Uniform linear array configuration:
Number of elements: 16
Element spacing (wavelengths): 0.75
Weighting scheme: uniform
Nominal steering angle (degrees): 0
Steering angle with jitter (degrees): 0.1872
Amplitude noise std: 0.05
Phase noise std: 0.05

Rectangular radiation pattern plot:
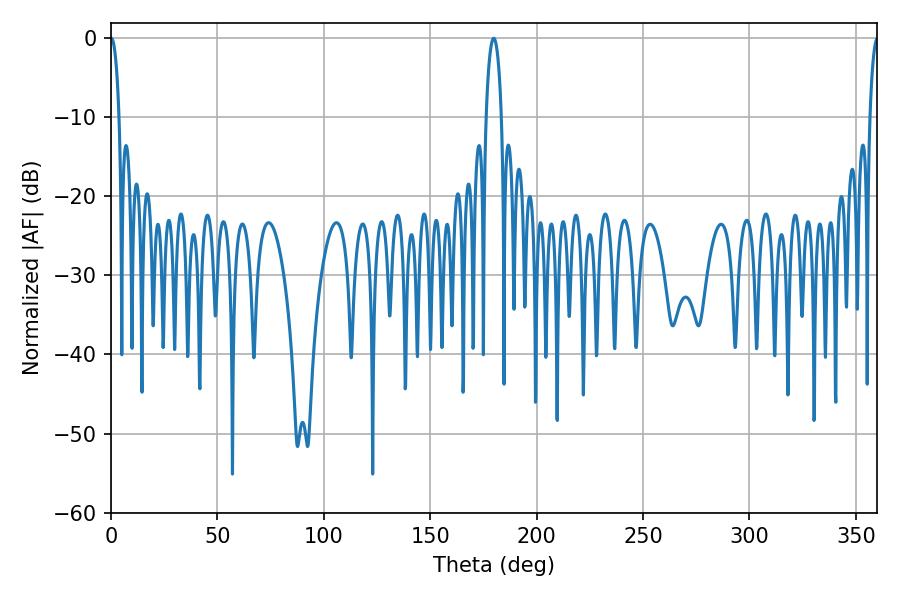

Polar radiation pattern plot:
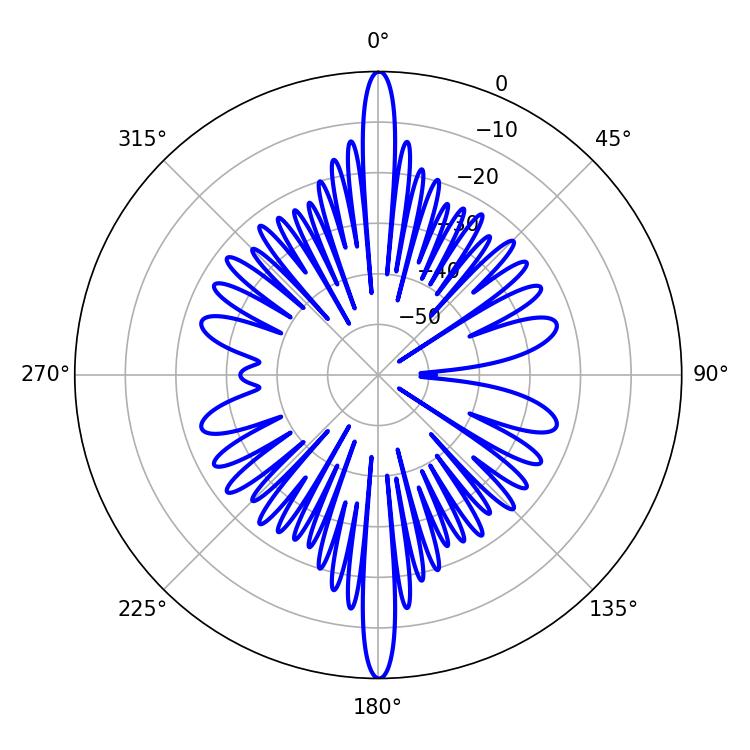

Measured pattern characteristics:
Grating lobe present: TRUE
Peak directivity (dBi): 37.751
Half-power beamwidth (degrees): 3.96
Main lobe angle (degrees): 179.82